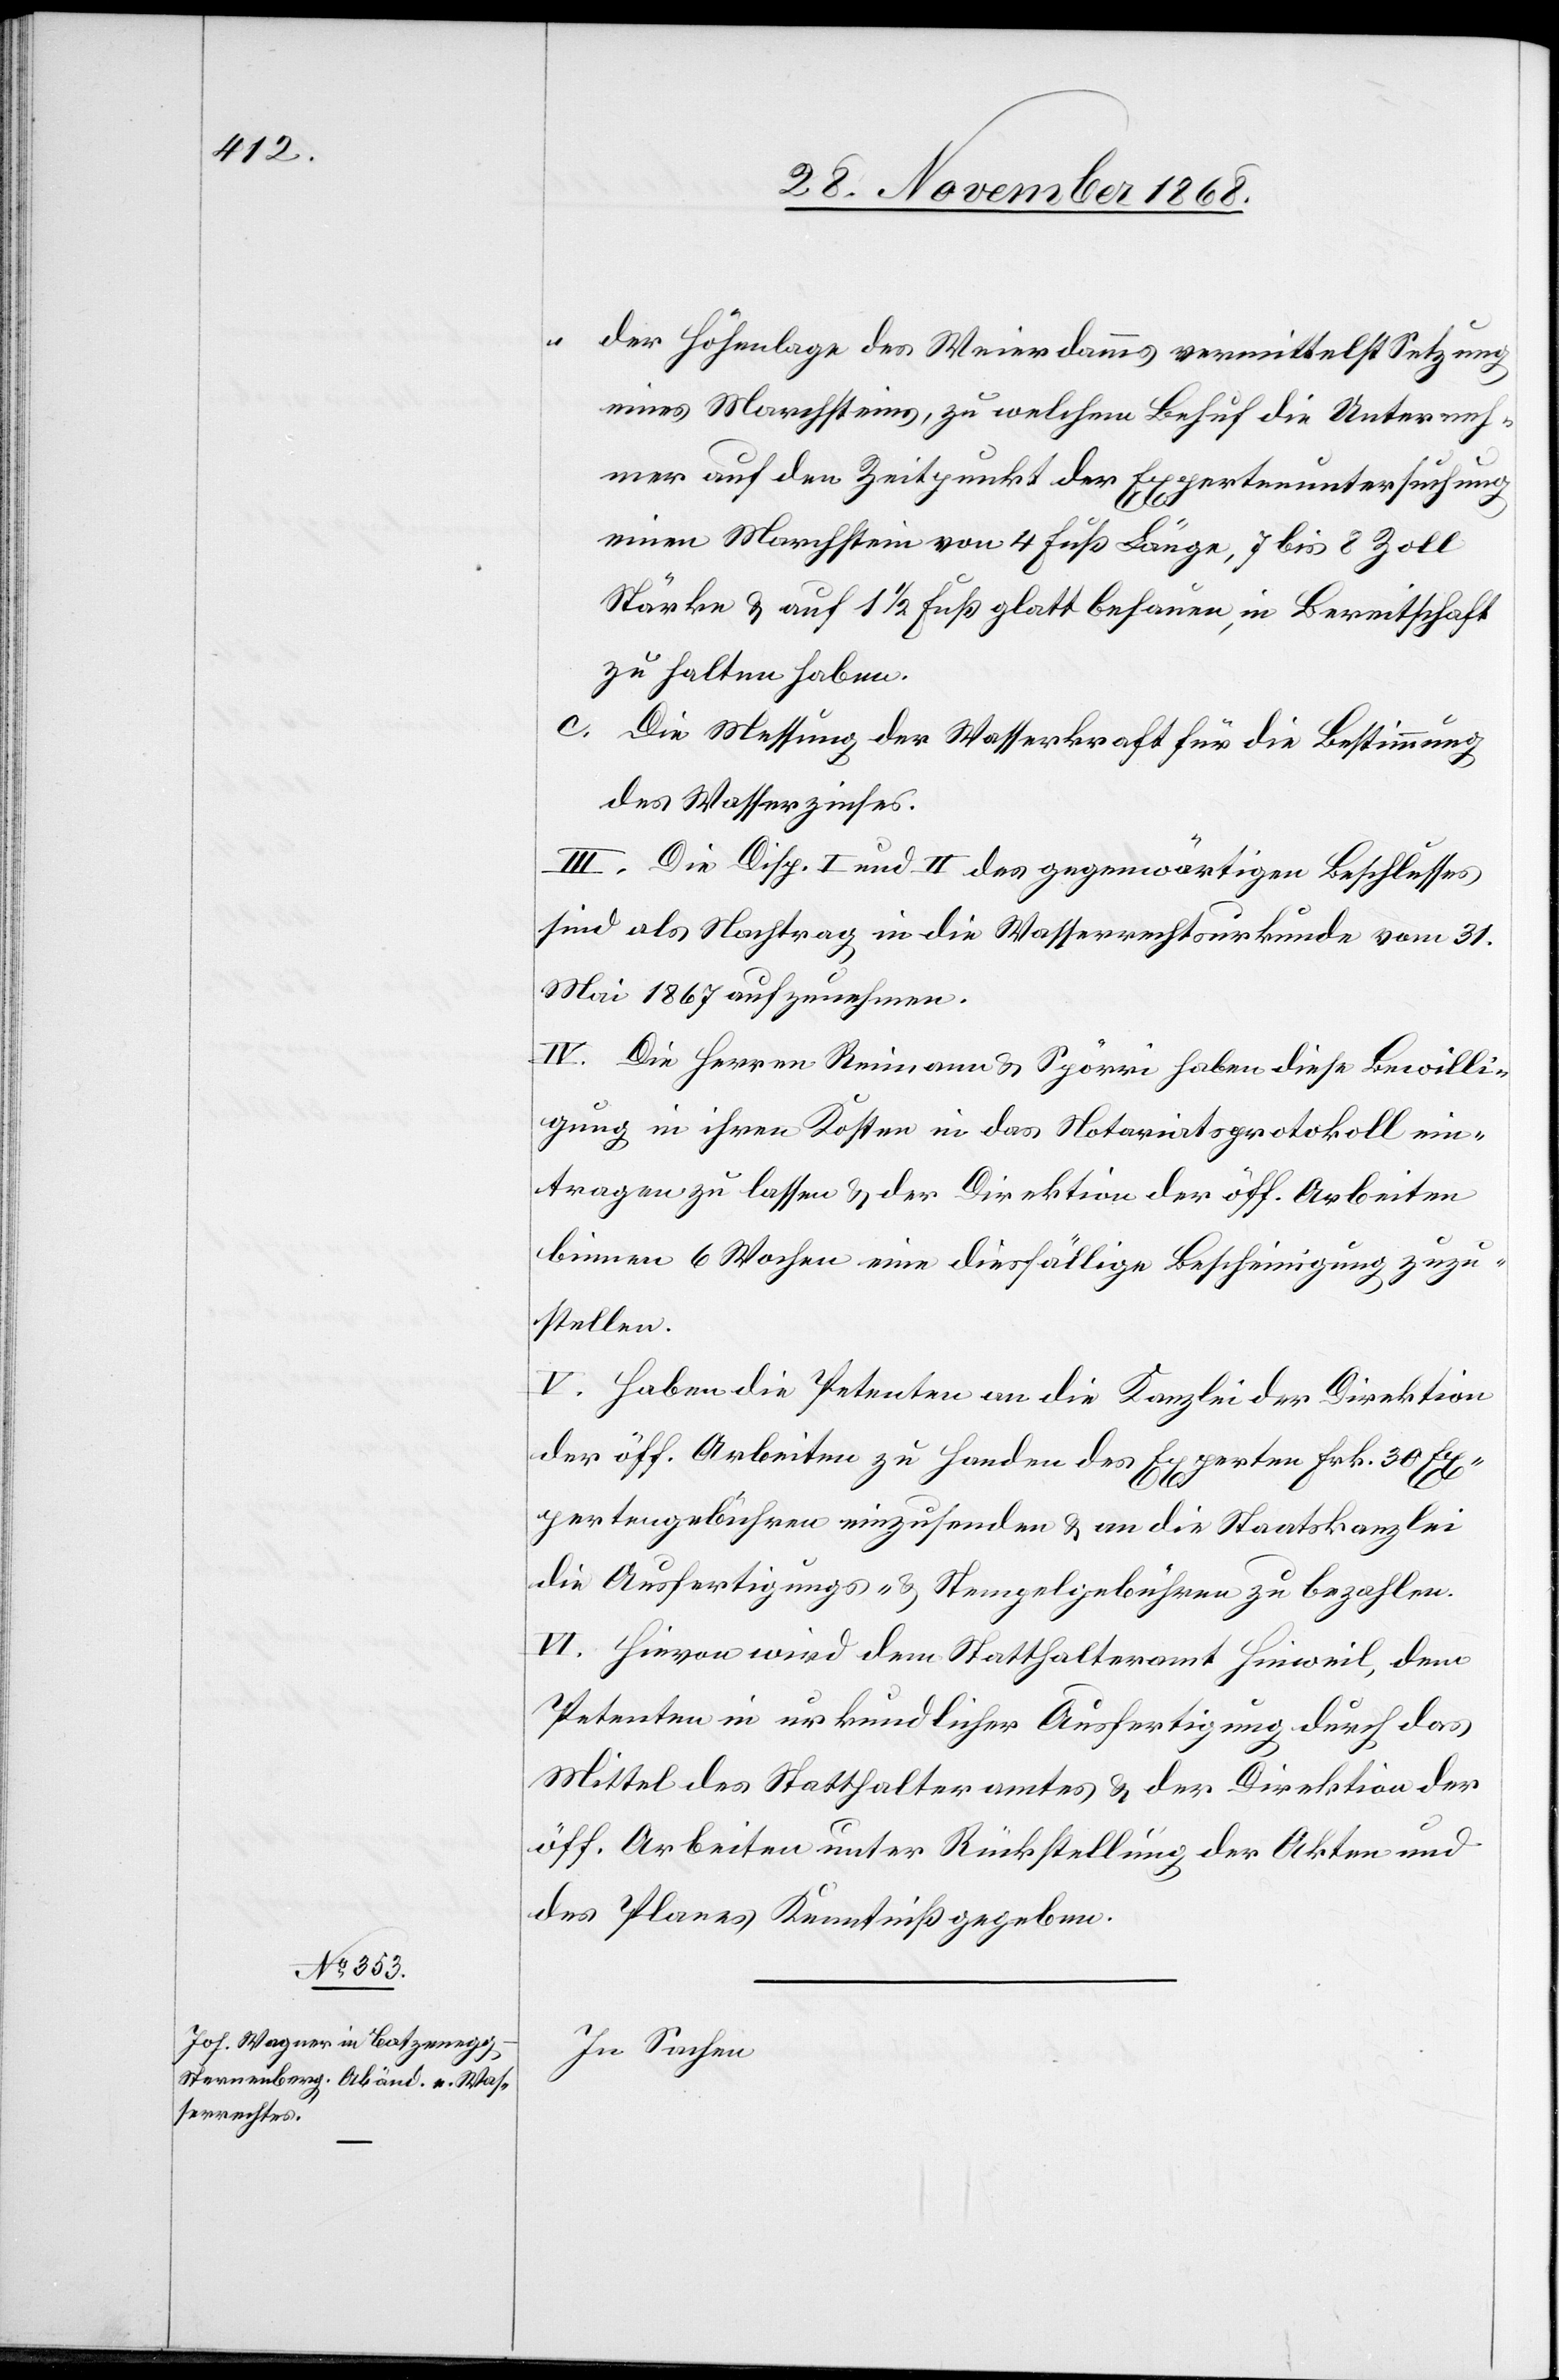
der Höhenlage des Weierdamms vermittelst Setzung
eines Marchsteins, zu welchem Behuf die Unterneh¬
mer auf den Zeitpunkt der Expertenuntersuchung
einen Marchstein von 4 Fuß Länge, 7 bis 8 Zoll
Stärke & auf 1 1/2 Fuß glatt behauen, in Bereitschaft
zu halten haben.
Die Messung der Wasserkraft für die Bestimmung
des Wasserzinses.
III. Die Disp. I und II des gegenwärtigen Beschlusses
sind als Nachtrag in die Wasserrechtsurkunde vom 31.
Mai 1867 aufzunehmen.
IV. Die Herren Reimann & Spörri haben diese Bewilli¬
gung in ihren Kosten in das Notariatsprotokoll ein¬
tragen zu lassen & der Direktion der öff. Arbeiten
binnen 6 Wochen eine diesfällige Bescheinigung zuzu¬
stellen.
V. Haben die Petenten an die Kanzlei der Direktion
der öff. Arbeiten zu Handen des Experten Frk. 30 Ex¬
pertengebühren einzusenden & an die Staatskanzlei
die Ausfertigungs- & Stempelgebühren zu bezahlen.
VI. Hievon wird dem Statthalteramt Hinweil, dem
Petenten in urkundlicher Ausfertigung durch das
Mittel des Statthalteramtes & der Direktion der
öff. Arbeiten unter Rückstellung der Akten und
des Planes Kenntniß gegeben.
In Sachen